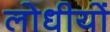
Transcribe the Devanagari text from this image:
लोधीयों